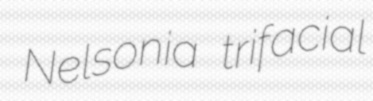
Nelsonia trifacial